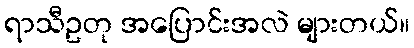
ရာသီဥတု အပြောင်းအလဲ များတယ်။